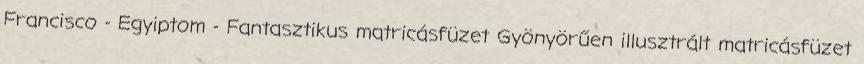
Francisco - Egyiptom - Fantasztikus matricásfüzet Gyönyörűen illusztrált matricásfüzet